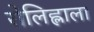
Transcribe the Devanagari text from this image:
रोलिह्लाला